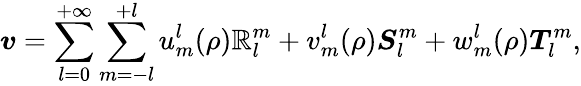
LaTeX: \boldsymbol{v}=\sum_{l=0}^{+\infty}\sum_{m=-l}^{+l}u_{m}^{l}(\rho)\boldsymbol{\mathbb{R}}_{l}^{m}+v_{m}^{l}(\rho)\boldsymbol{S}_{l}^{m}+w_{m}^{l}(\rho)\boldsymbol{T}_{l}^{m},